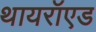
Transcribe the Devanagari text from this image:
थायरॉएड